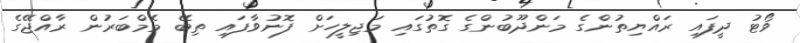
ވޯޓު ދީފައި ރައްޔިތުންގެ މަންދޫބުންގެ ގޮތުގައި މަޖިލީހަށް ފޮނުވާފައި ތިބޭ މެމްބަރުން ރާއްޖޭގެ